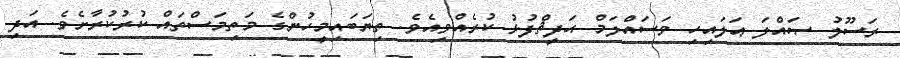
ރަސޫލު ޞައްލަ ޢަލައިހި ވަސައްލަމް ޙަދީޘްފުޅު ކުރެއްވިއެވެ. ތިޔަބައިމީހުންގެ މަތިމަސްތައް ކުރުކުރާށެވެ. އަދި